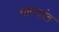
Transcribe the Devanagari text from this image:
गाण्यांत